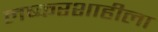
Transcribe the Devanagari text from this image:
लष्करशाहीला